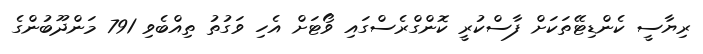
ރިޔާސީ ކެންޑިޓޭތަކަށް ފާސްކުރީ ކޮންގްރެސްގައި ވޯޓަށް އެހި ވަގުތު ތިއްބެވި 791 މަންދޫބުންގެ